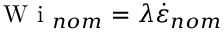
\mathrm { ~ W ~ i ~ } _ { n o m } = \lambda \dot { \varepsilon } _ { n o m }